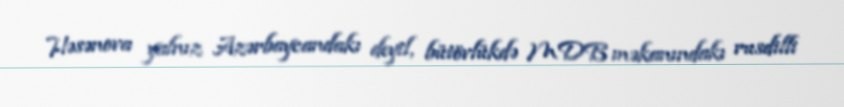
Həsənova yalnız Azərbaycandakı deyil, bütövlükdə MDB məkanındakı rusdilli